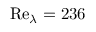
\mathrm { R e } _ { \lambda } = 2 3 6